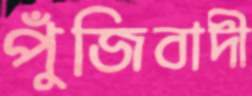
পুঁজিবাদী